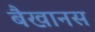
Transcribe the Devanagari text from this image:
बैखानस